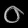
Digit: ၀